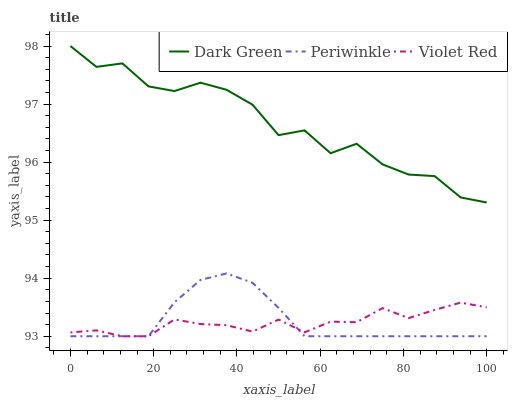
| xaxis_label | Dark Green | Periwinkle | Violet Red |
 | --- | --- | --- | --- |
 | 0 | 98 | 93 | 93.1 |
 | 6.25 | 97.6 | 93 | 93.1 |
 | 12.5 | 97.7 | 93 | 93 |
 | 18.8 | 97.3 | 93 | 93 |
 | 25 | 97.2 | 93.6 | 93.3 |
 | 31.2 | 97.4 | 94 | 93.2 |
 | 37.5 | 97.2 | 94.1 | 93.2 |
 | 43.8 | 97 | 93.9 | 93.1 |
 | 50 | 96.5 | 93.5 | 93.3 |
 | 56.2 | 96.5 | 93 | 93.1 |
 | 62.5 | 96.2 | 93 | 93.3 |
 | 68.8 | 96.3 | 93 | 93.2 |
 | 75 | 96 | 93 | 93.5 |
 | 81.2 | 95.8 | 93 | 93.3 |
 | 87.5 | 95.8 | 93 | 93.5 |
 | 93.8 | 95.4 | 93 | 93.6 |
 | 100 | 95.3 | 93 | 93.5 |